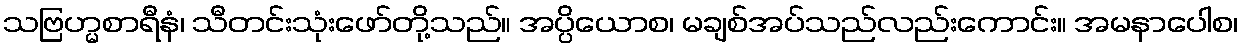
သဗြဟ္မစာရီနံ၊ သီတင်းသုံးဖော်တို့သည်။ အပ္ပိယောစ၊ မချစ်အပ်သည်လည်းကောင်း။ အမနာပေါစ၊